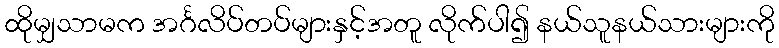
ထိုမျှသာမက အင်္ဂလိပ်တပ်များနှင့်အတူ လိုက်ပါ၍ နယ်သူနယ်သားများကို